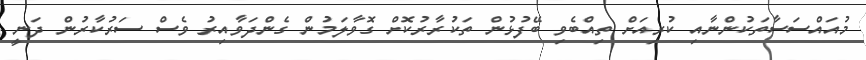
މުއައްސަސާތަކުންނާއި ކުރިއަށް ތިއްބެވި ބޭފުޅުން ތަކުރާރުކޮށް ގޮވާލަމުން ގެންދަވާއިރު ވެސް ސަރުކާރުން ދަނީ